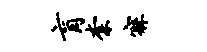
肓柰寐